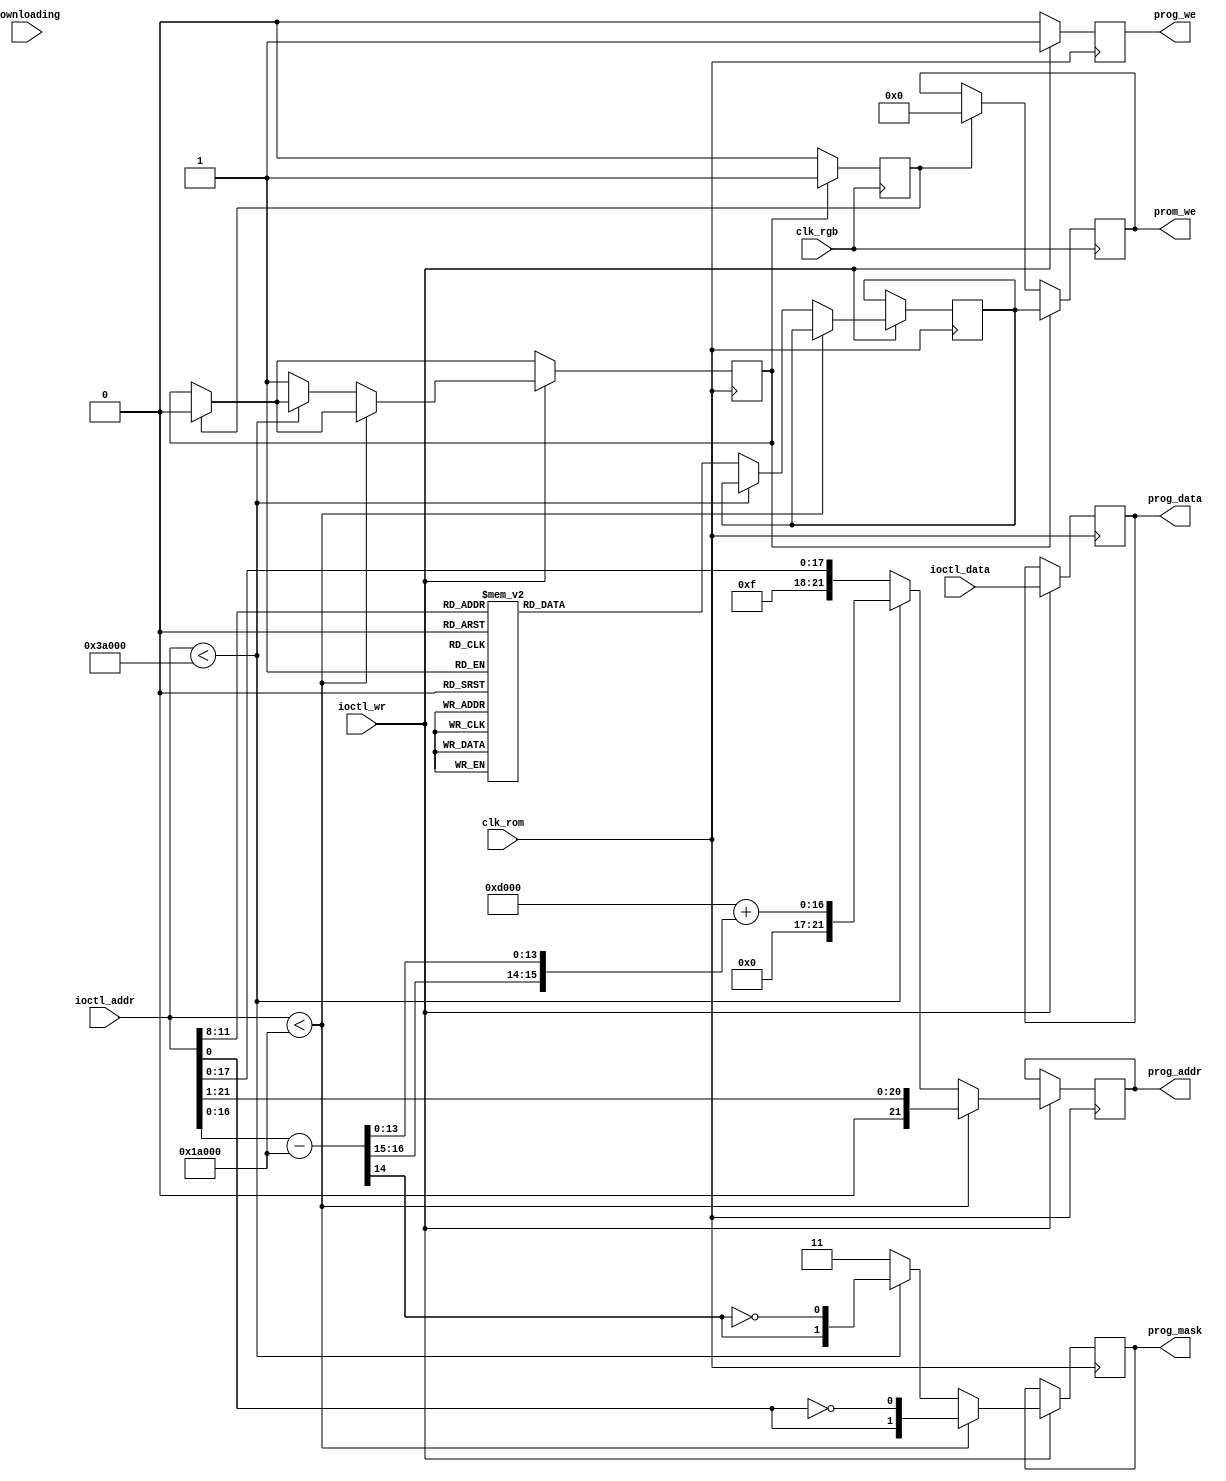
/*  This file is part of JT_GNG.
    JT_GNG program is free software: you can redistribute it and/or modify
    it under the terms of the GNU General Public License as published by
    the Free Software Foundation, either version 3 of the License, or
    (at your option) any later version.

    JT_GNG program is distributed in the hope that it will be useful,
    but WITHOUT ANY WARRANTY; without even the implied warranty of
    MERCHANTABILITY or FITNESS FOR A PARTICULAR PURPOSE.  See the
    GNU General Public License for more details.

    You should have received a copy of the GNU General Public License
    along with JT_GNG.  If not, see <http://www.gnu.org/licenses/>.

    Author: Jose Tejada Gomez. Twitter: @topapate
    Version: 1.0
    Date: 20-1-2019 */

module jt1942_prom_we(
    input                clk_rom,
    input                clk_rgb,
    input                downloading, 
    input      [21:0]    ioctl_addr, 
    input      [ 7:0]    ioctl_data,
    input                ioctl_wr,   
    output reg [21:0]    prog_addr,
    output reg [ 7:0]    prog_data,
    output reg [ 1:0]    prog_mask,
    output reg           prog_we,
    output reg [9:0]     prom_we
);

localparam OBJADDR = 22'h1A000;
wire [21:0] obj_addr = ioctl_addr - OBJADDR;

reg set_strobe, set_done;
reg [9:0] prom_we0;

always @(posedge clk_rgb) begin
    if( set_strobe ) begin
        prom_we <= prom_we0;
        set_done <= 1'b1;
    end else if(set_done) begin
        prom_we <= 10'd0;
        set_done <= 1'b0;
    end
end

always @(posedge clk_rom) begin
    if( set_done ) set_strobe <= 1'b0;
    if ( ioctl_wr ) begin
        prog_we   <= 1'b1;
        prog_data <= ioctl_data;
        if(ioctl_addr < OBJADDR) begin
            prog_addr <= {1'b0, ioctl_addr[21:1]};
            prog_mask <= {ioctl_addr[0], ~ioctl_addr[0]};
        end
        else if(ioctl_addr < (OBJADDR+22'h20_000)) begin
            prog_addr <= OBJADDR[17:1] + {obj_addr[16:15], obj_addr[13:0]};
            prog_mask <= {obj_addr[14], ~obj_addr[14]};
        end
        else begin // PROMs
            prog_addr <= { 4'hF, ioctl_addr[17:0] };
            prog_mask <= 2'b11;
            case(ioctl_addr[11:8])
                4'd0: prom_we0 <= 10'h0_01;    // k6
                4'd1: prom_we0 <= 10'h0_02;    // d1
                4'd2: prom_we0 <= 10'h0_04;    // d2
                4'd3: prom_we0 <= 10'h0_08;    // d6
                4'd4: prom_we0 <= 10'h0_10;    // e8
                4'd5: prom_we0 <= 10'h0_20;    // e9
                4'd6: prom_we0 <= 10'h0_40;    // e10
                4'd7: prom_we0 <= 10'h0_80;    // f1
                4'd8: prom_we0 <= 10'h1_00;    // k3
                4'd9: prom_we0 <= 10'h2_00;    // m11
                default: prom_we0 <= 10'h0;    // 
            endcase 
            set_strobe <= 1'b1;
        end
    end
    else begin
        prog_we <= 1'b0;
    end
end

endmodule // jt1492_promprog